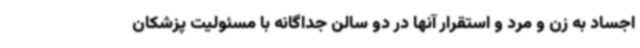
اجساد به زن و مرد و استقرار آنها در دو سالن جداگانه با مسئولیت پزشکان